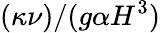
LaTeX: (\kappa\nu)/(g\alpha H^{3})